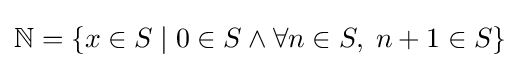
\mathbb {N} =\{x\in S\mid 0\in S\land \forall n\in S,\;n+1\in S\}